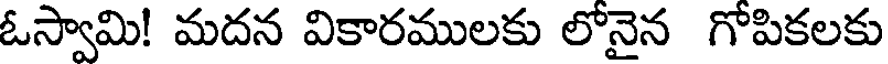
ఓస్వామి! మదన వికారములకు లోనైన గోపికలకు